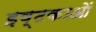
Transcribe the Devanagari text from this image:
इष्टकाओं